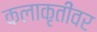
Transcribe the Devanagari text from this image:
कलाकृतींवर